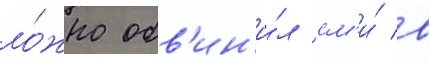
ло́жно обв'ин'и́л см'и́ в